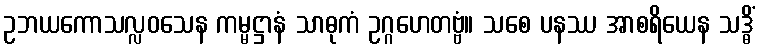
ဥဘယကောသလ္လဝသေန ကမ္မဋ္ဌာနံ သာဓုကံ ဥဂ္ဂဟေတဗ္ဗံ။ သစေ ပနဿ အာစရိယေန သဒ္ဓိံ